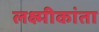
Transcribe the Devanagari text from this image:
लक्ष्मीकांता